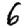
Digit: 6